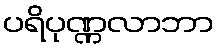
ပရိပုဏ္ဏလာဘာ